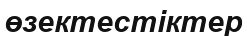
өзектестіктер